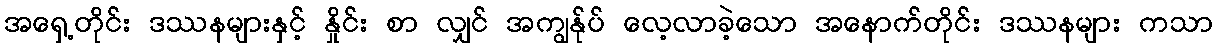
အရှေ့တိုင်း ဒဿနများနှင့် နှိုင်း စာ လျှင် အကျွန်ုပ် လေ့လာခဲ့သော အနောက်တိုင်း ဒဿနများ ကသာ